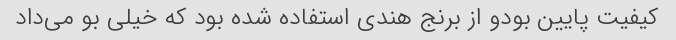
کیفیت پایین بودو از برنج هندی استفاده شده بود که خیلی بو می‌داد